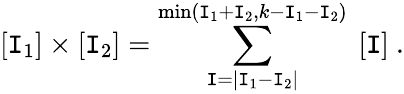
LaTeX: [\mathtt{I}_{1}]\times[\mathtt{I}_{2}]=\sum_{\mathtt{I}=|\mathtt{I}_{1}-\mathtt{I}_{2}|}^{\mathrm{{min}}(\mathtt{I}_{1}+\mathtt{I}_{2},k-\mathtt{I}_{1}-\mathtt{I}_{2})}\ [\mathtt{I}]\ .